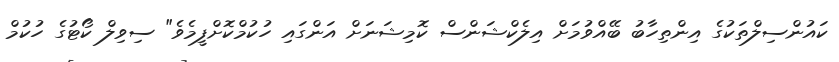
ކައުންސިލްތަކުގެ އިންތިހާބު ބޭއްވުމަށް އިލެކްޝަންސް ކޮމިޝަނަށް އަންގައި ހުކުމްކޮށްފީމެވެ" ސިވިލް ކޯޓުގެ ހުކުމް